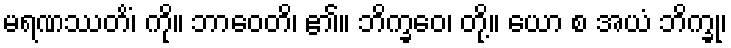
မရဏဿတိံ၊ ကို။ ဘာဝေတိ၊ ၏။ ဘိက္ခဝေ၊ တို့။ ယော စ အယံ ဘိက္ခု၊